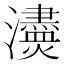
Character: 𤄸